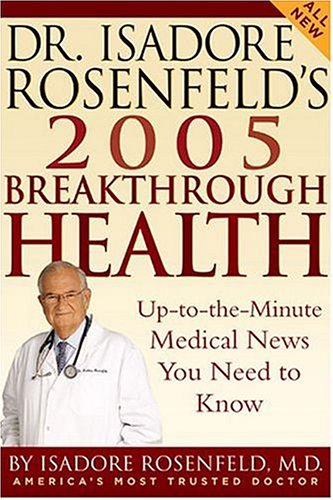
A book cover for Dr. Isadore Rosenfeld's 2005 Breakthrough Health: Up-to-the-Minute Medical News You Need to Know (Dr. Isadore Rosenfeld's Breakthrough Health); Isadore Rosenfeld; Health, Fitness & Dieting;